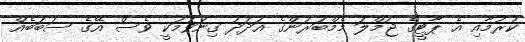
ކުރުމާއި އެ ޕާޓީގެ ޖުމްލަ މެމްބަރުންގެ އަދަދު ގިނަވުމަކީ ވެސް އޭގެ ސަބަބެއް